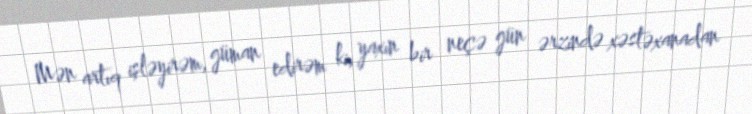
Mən artıq işləyirəm, güman edirəm ki, yaxın bir neçə gün ərzində xəstəxanadan